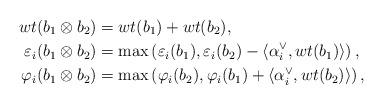
LaTeX: \begin{align*} wt(b_1\otimes b_2)&=wt(b_1)+wt(b_2), \\ \varepsilon_i(b_1\otimes b_2) &= \max\left( \varepsilon_i(b_1),\varepsilon_i(b_2)-\langle \alpha_i^\vee, wt(b_1) \rangle \right),\\ \varphi_i(b_1\otimes b_2) &= \max\left( \varphi_i(b_2),\varphi_i(b_1)+\langle \alpha_i^\vee, wt(b_2) \rangle \right), \end{align*}